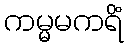
ကမ္မမကရိံ